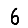
Digit: 6